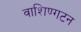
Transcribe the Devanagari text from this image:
वाशिण्गटन